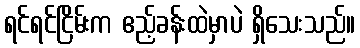
ရင်ရင်ငြိမ်းက ဧည့်ခန်းထဲမှာပဲ ရှိသေးသည်။